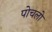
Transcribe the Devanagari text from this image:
पोचलो